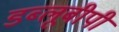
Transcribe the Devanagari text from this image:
डब्लूबीपी